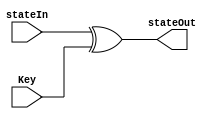
module AddRoundKey(input[127:0] stateIn,input [127:0] Key,output[127:0]stateOut);

assign stateOut=stateIn^Key;


endmodule